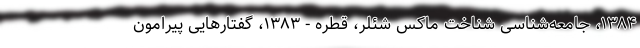
۱۳۸۴، جامعه‌شناسی شناخت ماکس شئلر، قطره - ۱۳۸۳، گفتارهایی پیرامون